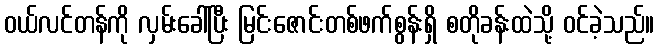
ဝယ်လင်တန်ကို လှမ်းခေါ်ပြီး မြင်းဇောင်းတစ်ဖက်စွန်းရှိ စတိုခန်းထဲသို့ ဝင်ခဲ့သည်။